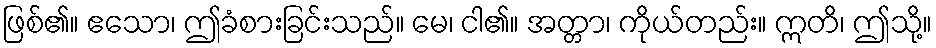
ဖြစ်၏။ ဧသော၊ ဤခံစားခြင်းသည်။ မေ၊ ငါ၏။ အတ္တာ၊ ကိုယ်တည်း။ ဣတိ၊ ဤသို့။